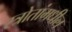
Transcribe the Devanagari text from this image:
स्त्रोतांमधील